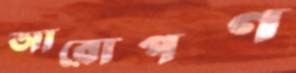
আরোপণ